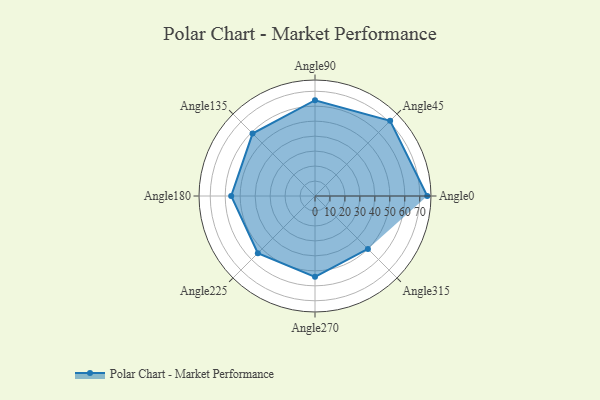
{"axis": {"x": "Angle", "y": "Radius"}, "legend": [""], "data": [{"x": "Angle0", "y": 75.0, "type": ""}, {"x": "Angle45", "y": 71.0, "type": ""}, {"x": "Angle90", "y": 64.0, "type": ""}, {"x": "Angle135", "y": 59.0, "type": ""}, {"x": "Angle180", "y": 56.0, "type": ""}, {"x": "Angle225", "y": 54.0, "type": ""}, {"x": "Angle270", "y": 54.0, "type": ""}, {"x": "Angle315", "y": 50, "type": ""}]}